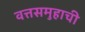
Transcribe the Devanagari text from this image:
वत्तसमुहाची